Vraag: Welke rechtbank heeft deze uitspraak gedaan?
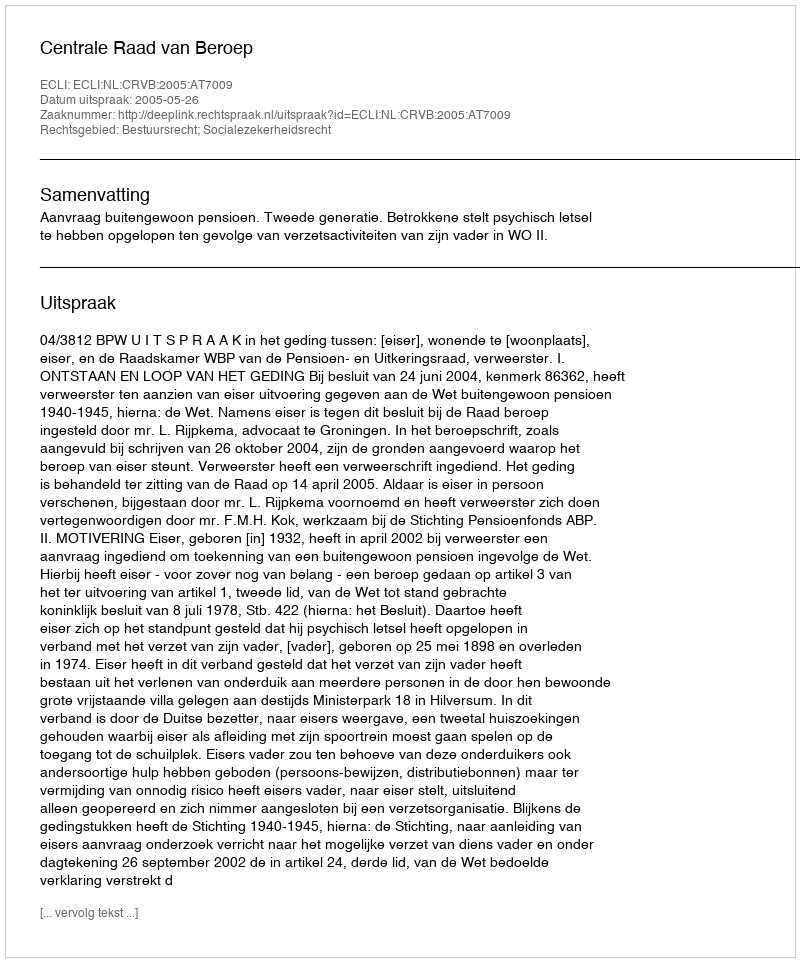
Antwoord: Centrale Raad van Beroep